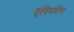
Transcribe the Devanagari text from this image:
ऍस्पिरीन